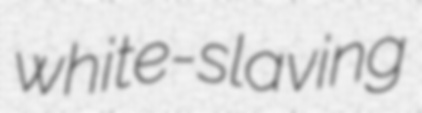
white-slaving